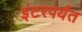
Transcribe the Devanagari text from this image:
इंटरपर्यंत